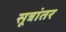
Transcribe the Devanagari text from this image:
सूत्रांतर